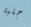
جلبة